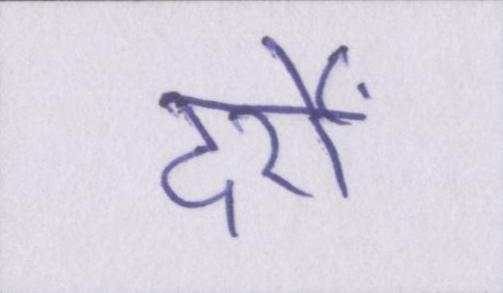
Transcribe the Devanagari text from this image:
दर्रों